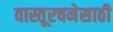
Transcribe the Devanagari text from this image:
वास्तूरचनेसाठी